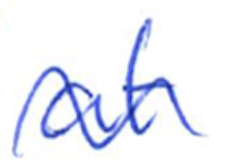
Text: at
Cross-out: mix
Writing tool: ballpoint